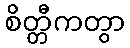
စိတ္တီကတွာ